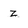
Character: z